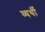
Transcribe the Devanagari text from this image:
व्‍यर्थी